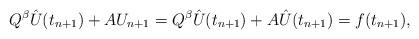
LaTeX: \begin{align*} Q^\beta \hat U(t_{n+1})+A U_{n+1} = Q^\beta \hat U(t_{n+1})+A \hat U(t_{n+1}) = f(t_{n+1}), \end{align*}